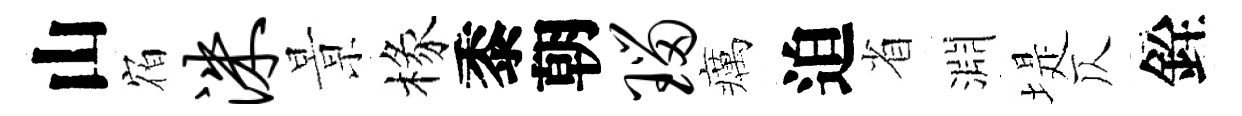
山𪧐洙㬌椽黍朝瑙癘迫省淵堤仄銓